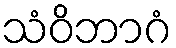
သံဝိဘာဂံ